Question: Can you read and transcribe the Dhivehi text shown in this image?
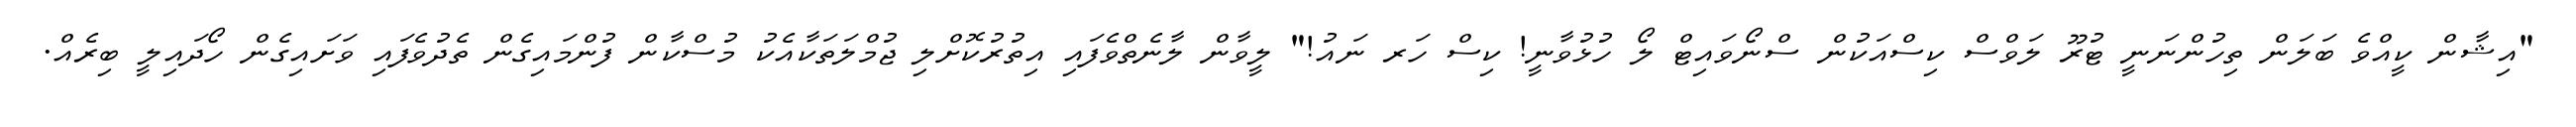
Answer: "އިޝާން ކީއްވެ ބަލަން ތިހުންނަނީ ޓުރޫ ލަވްސް ކިސްއަކުން ސްނޯވައިޓް ލޯ ހުޅުވާނީ! ކިސް ހަރ ނައު!" ލީވާން ލާނެތްވެފައި އިތުރުކޮށްލި ޖުމްލަތަކާއެކު މުސްކާން ފުންމައިގެން ތެދުވެފައި ވަށައިގެން ހޯދައިލީ ބިރެއް.